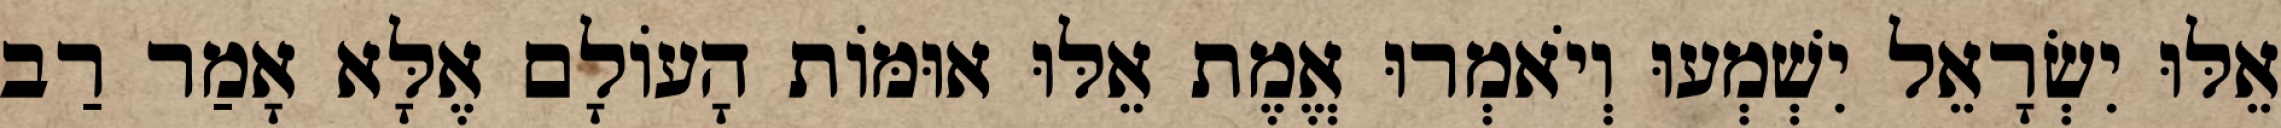
אֵלּוּ יִשְׂרָאֵל יִשְׁמְעוּ וְיֹאמְרוּ אֱמֶת אֵלּוּ אוּמּוֹת הָעוֹלָם אֶלָּא אָמַר רַב